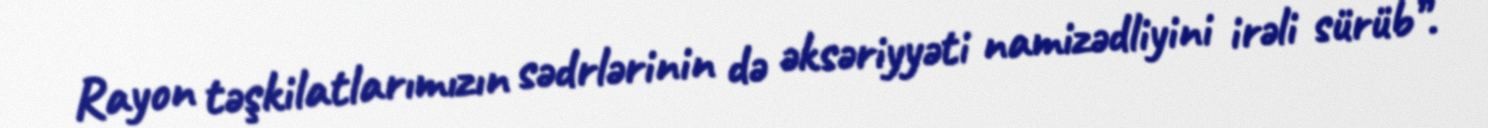
Rayon təşkilatlarımızın sədrlərinin də əksəriyyəti namizədliyini irəli sürüb”.